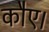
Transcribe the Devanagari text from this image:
कौए।